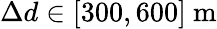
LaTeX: \Delta d\in[300,600]~\mathrm{m}